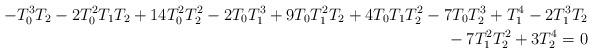
LaTeX: \begin{align*}-T_0^3T_2 - 2T_0^2T_1T_2 + 14T_0^2T_2^2 - 2T_0T_1^3 + 9T_0T_1^2T_2 + 4T_0T_1T_2^2 - 7T_0T_2^3 + T_1^4 - 2T_1^3T_2 \\{} - 7T_1^2T_2^2 + 3T_2^4 = 0\end{align*}